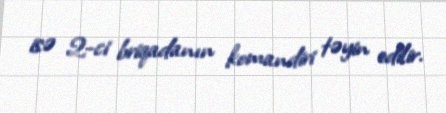
isə 2-ci briqadanın komandiri təyin edilir.